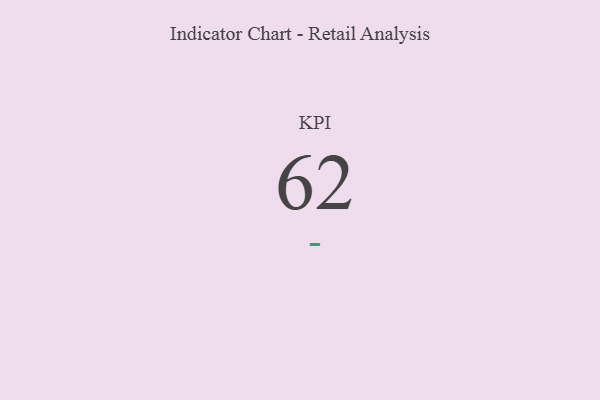
{"axis": {"x": "KPI", "y": "Value"}, "legend": [""], "data": [{"x": "KPI", "y": 62, "type": ""}]}